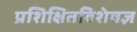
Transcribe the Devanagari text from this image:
प्रशिक्षितविशेषज्ञ